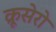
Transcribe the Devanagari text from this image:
क्रूसेरो